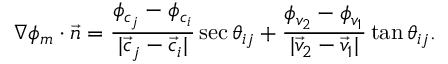
\nabla \phi _ { m } \cdot \vec { n } = \frac { \phi _ { c _ { j } } - \phi _ { c _ { i } } } { | \vec { c } _ { j } - \vec { c } _ { i } | } \sec \theta _ { i j } + \frac { \phi _ { v _ { 2 } } - \phi _ { v _ { 1 } } } { | \vec { v } _ { 2 } - \vec { v } _ { 1 } | } \tan \theta _ { i j } .